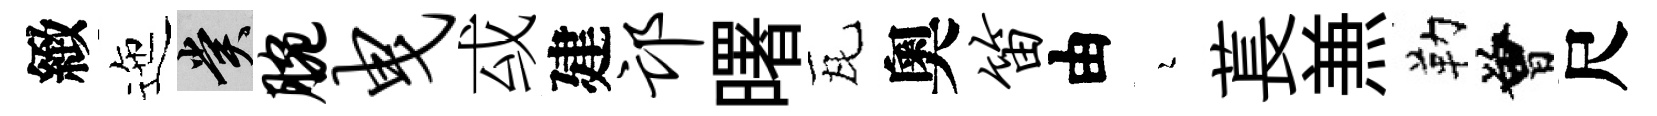
緻迤賞腕曳㦯建邙曙瓦奧笛由瑟萇𠔥勒曾尺